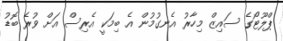
ޕްލޫޓޯގެ ސައިޒް މިހާރު އެނގުމުން އެ ބިމަކީ އެރިސް އަށް ވުރެ ބޮޑު